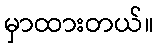
မှာထားတယ်။